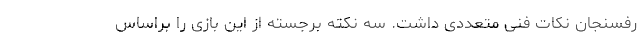
رفسنجان نکات فنی متعددی داشت. سه نکته برجسته از این بازی را براساس